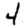
Digit: 4